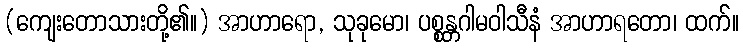
(ကျေးတောသားတို့၏။) အာဟာရော, သုခုမော၊ ပစ္စန္တဂါမဝါသီနံ အာဟာရတော၊ ထက်။